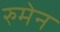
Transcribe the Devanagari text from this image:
रुमेन